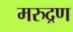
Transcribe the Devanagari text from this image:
मरुद्रण